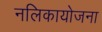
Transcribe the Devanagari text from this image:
नलिकायोजना